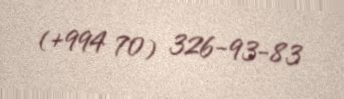
(+994 70) 326-93-83